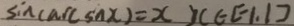
\sin ( \arcsin x ) = x , x \in [ - 1 , 1 ]